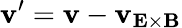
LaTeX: \mathbf{v}^{\prime}=\mathbf{v}-\mathbf{v}_{\mathbf{E}\times\mathbf{B}}